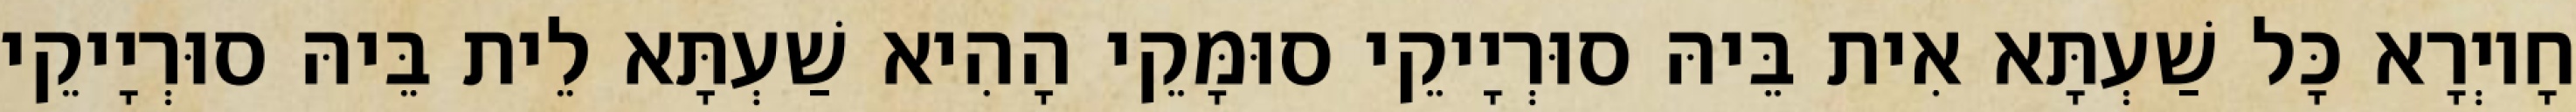
חָיוְרָא כָּל שַׁעְתָּא אִית בֵּיהּ סוּרְיָיקֵי סוּמָּקֵי הָהִיא שַׁעְתָּא לֵית בֵּיהּ סוּרְיָיקֵי